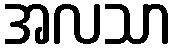
အလသာ